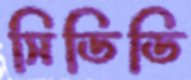
সিডিডি